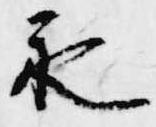
永